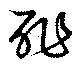
酢